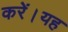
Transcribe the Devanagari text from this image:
करें।यह